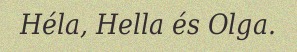
Héla, Hella és Olga.